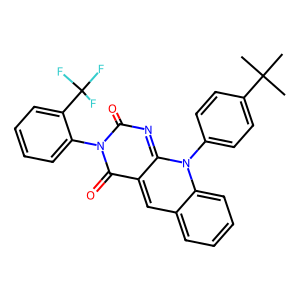
SMILES: CC(C)(C)c1ccc(-n2c3nc(=O)n(-c4ccccc4C(F)(F)F)c(=O)c-3cc3ccccc32)cc1
Inhibits HIV replication: No